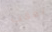
بعقب